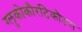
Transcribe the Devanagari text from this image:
ग्लुकोकौरटिकौडस